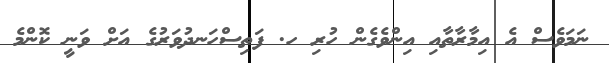
ނަމަވެސް އެ އިމާރާތާއި އިންވެގެން ހުރި ހ. ފަތިސްހަނދުވަރުގެ އަށް ވަނީ ކޮންމެ